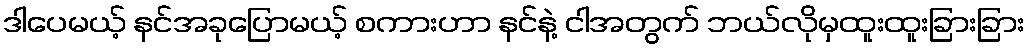
ဒါပေမယ့် နင်အခုပြောမယ့် စကားဟာ နင်နဲ့ ငါအတွက် ဘယ်လိုမှထူးထူးခြားခြား